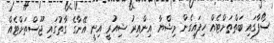
ސޯފާގައި ބަތްތަށްޓެއް ހިފައިގެން މިޝްޔާ އިންއިރު ޝިއުރީ އިނީ އޭނާގެ ގާތުގައި ޖޫސްތަށްޓެއް